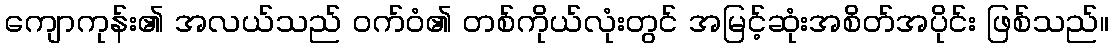
ကျောကုန်း၏ အလယ်သည် ဝက်ဝံ၏ တစ်ကိုယ်လုံးတွင် အမြင့်ဆုံးအစိတ်အပိုင်း ဖြစ်သည်။